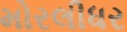
મોરલીધર